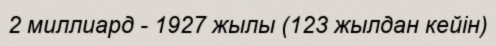
2 миллиард - 1927 жылы (123 жылдан кейін)